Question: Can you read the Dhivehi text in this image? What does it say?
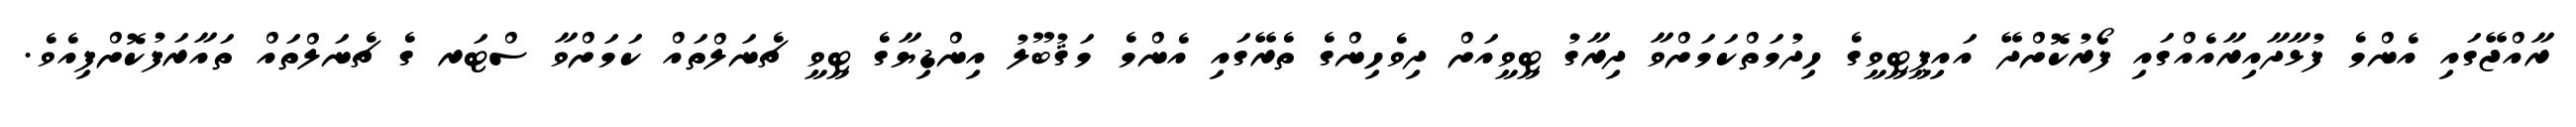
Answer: ރާއްޖޭގައި އެންމެ ފުޅާދާއިރާއެއްގައި ފޯރުކޮށްދޭ އައިޕީޓީވީގެ ހިދުމަތްކަމަށްވާ ދިރާގު ޓީވީއަށް ދިވެހިންގެ ތެރޭގައި އެންމެ މަޤުބޫލު އިންޑިޔާގެ ޓީވީ ޗެނަލްތައް ކަމަށްވާ ސްޓަރ ގެ ޗެނަލްތައް ތައާރަފުކޮށްފިއެވެ.